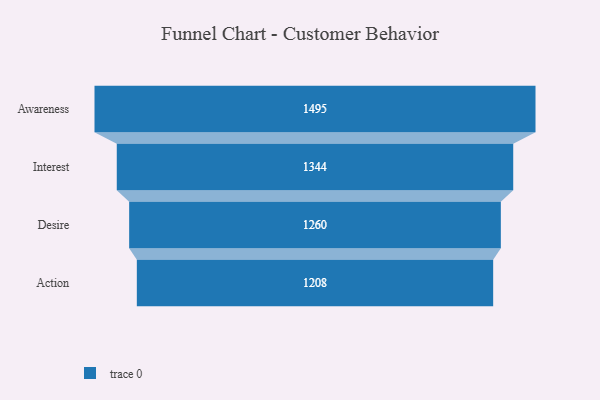
{"axis": {"x": "Stage", "y": "Value"}, "legend": [""], "data": [{"x": "Awareness", "y": 1495.0, "type": ""}, {"x": "Interest", "y": 1344.0, "type": ""}, {"x": "Desire", "y": 1260.0, "type": ""}, {"x": "Action", "y": 1208.0, "type": ""}]}